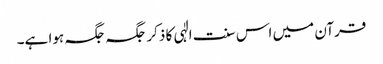
قرآن میں اس سنت الٰہی کا ذکر جگہ جگہ ہوا ہے۔